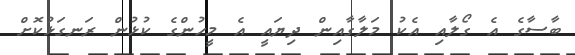
ބާސާގެ އެ ގޯލާއި އެކު މަލާގާއިން ދިޔައީ އެ މީހުންގެ ކުޅުން ރަނގަޅުކޮށް